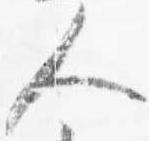
人